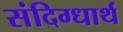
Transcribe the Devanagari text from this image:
संदिग्धार्थ